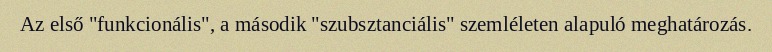
Az első "funkcionális", a második "szubsztanciális" szemléleten alapuló meghatározás.